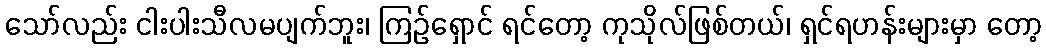
သော်လည်း ငါးပါးသီလမပျက်ဘူး၊ ကြဉ်ရှောင် ရင်တော့ ကုသိုလ်ဖြစ်တယ်၊ ရှင်ရဟန်းများမှာ တော့